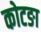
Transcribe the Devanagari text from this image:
कोटङा